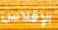
الإفلاس